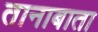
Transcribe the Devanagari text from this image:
तानाबाता